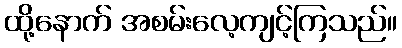
ထို့နောက် အစမ်းလေ့ကျင့်ကြသည်။